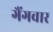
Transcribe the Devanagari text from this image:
गैंगवार